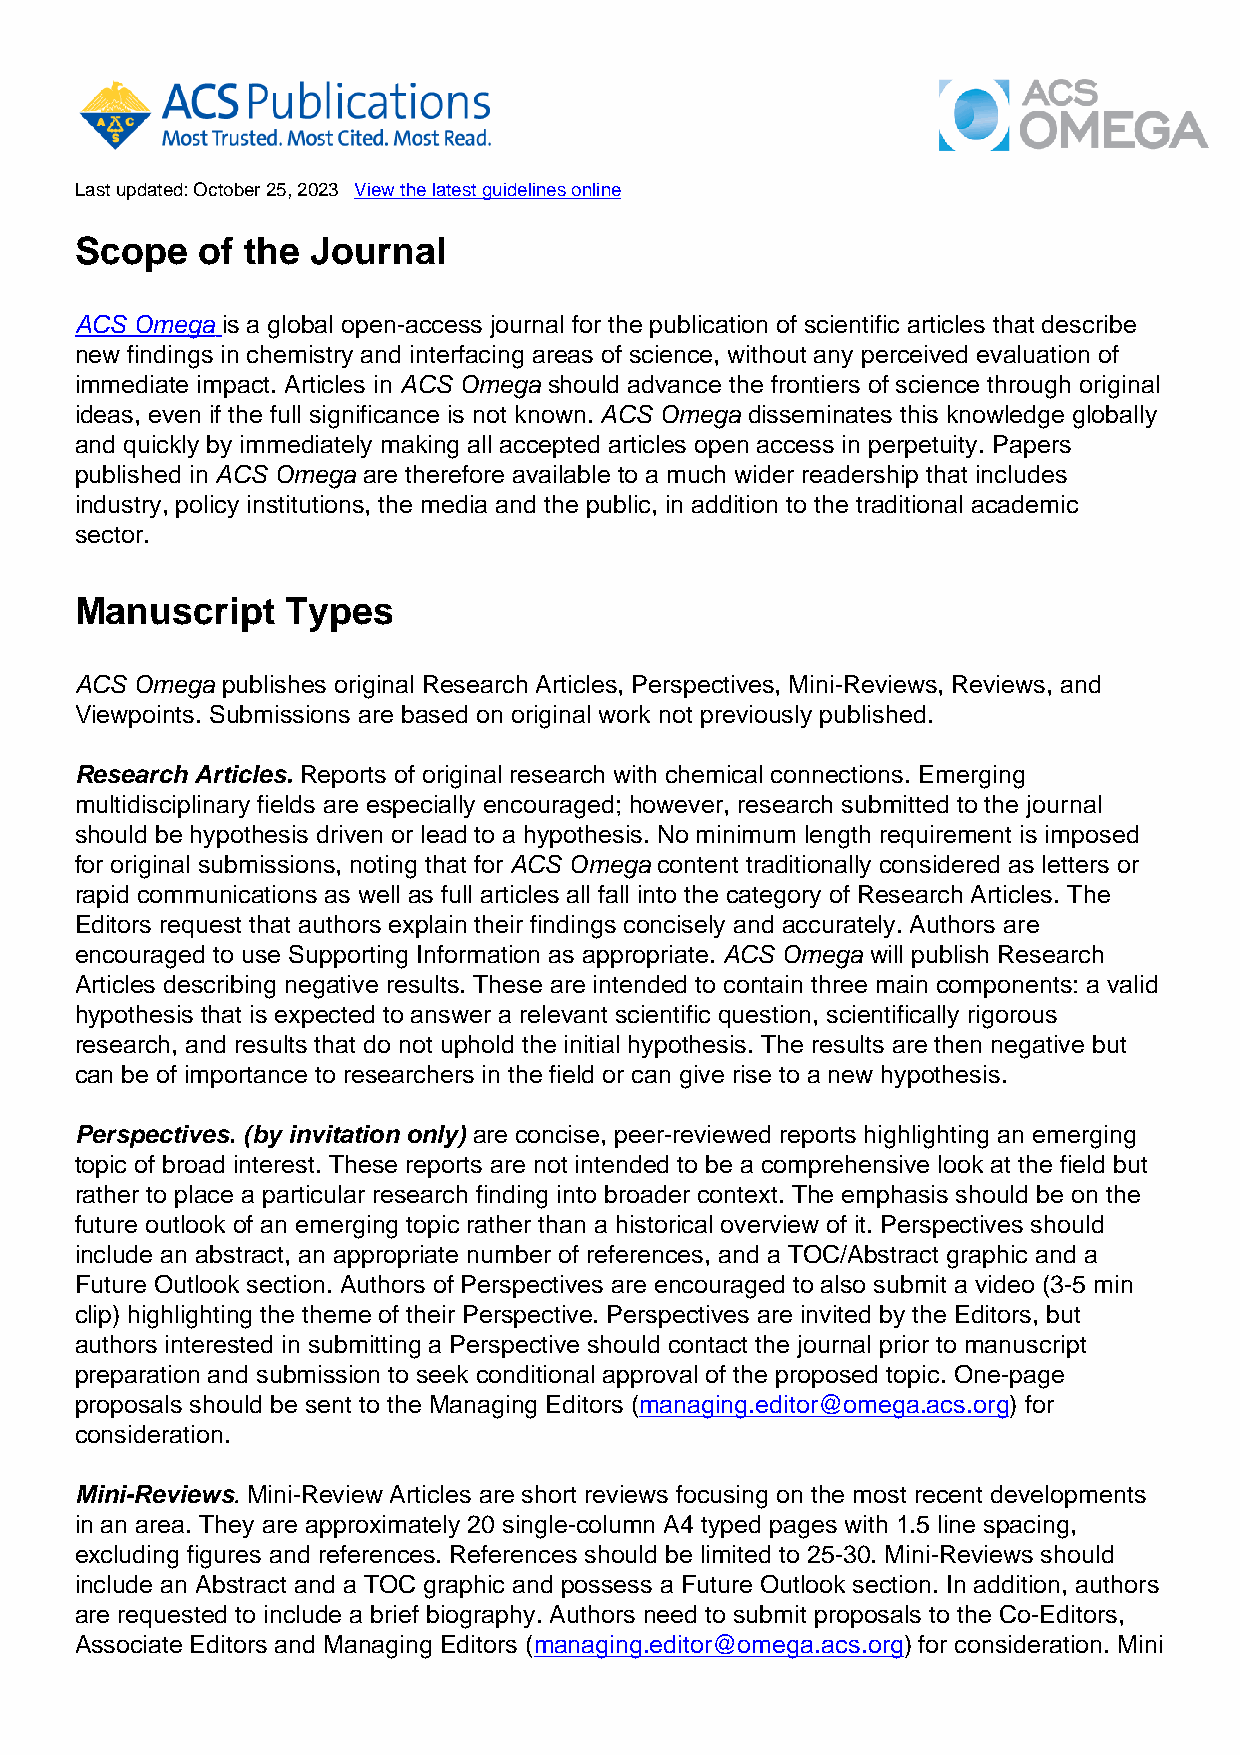
Last updated: October 25, 2023 View the latest guidelines online
 Scope   of the  Journal
 ACS Omega is a global open-access journal for the publication of scientific articles that describe
 new findings in chemistry and interfacing areas of science, without any perceived evaluation of
 immediate impact. Articles in ACS Omega should advance the frontiers of science through original
 ideas, even if the full significance is not known. ACS Omega disseminates this knowledge globally
 and quickly by immediately making all accepted articles open access in perpetuity. Papers
 published in ACS Omega are therefore available to a much wider readership that includes
 industry, policy institutions, the media and the public, in addition to the traditional academic
 sector.
 Manuscript    Types
 ACS Omega publishes original Research Articles, Perspectives, Mini-Reviews, Reviews, and
 Viewpoints. Submissions are based on original work not previously published.
 Research Articles. Reports of original research with chemical connections. Emerging
 multidisciplinary fields are especially encouraged; however, research submitted to the journal
 should be hypothesis driven or lead to a hypothesis. No minimum length requirement is imposed
 for original submissions, noting that for ACS Omega content traditionally considered as letters or
 rapid communications as well as full articles all fall into the category of Research Articles. The
 Editors request that authors explain their findings concisely and accurately. Authors are
 encouraged to use Supporting Information as appropriate. ACS Omega will publish Research
 Articles describing negative results. These are intended to contain three main components: a valid
 hypothesis that is expected to answer a relevant scientific question, scientifically rigorous
 research, and results that do not uphold the initial hypothesis. The results are then negative but
 can be of importance to researchers in the field or can give rise to a new hypothesis.
 Perspectives. (by invitation only) are concise, peer-reviewed reports highlighting an emerging
 topic of broad interest. These reports are not intended to be a comprehensive look at the field but
 rather to place a particular research finding into broader context. The emphasis should be on the
 future outlook of an emerging topic rather than a historical overview of it. Perspectives should
 include an abstract, an appropriate number of references, and a TOC/Abstract graphic and a
 Future Outlook section. Authors of Perspectives are encouraged to also submit a video (3-5 min
 clip) highlighting the theme of their Perspective. Perspectives are invited by the Editors, but
 authors interested in submitting a Perspective should contact the journal prior to manuscript
 preparation and submission to seek conditional approval of the proposed topic. One-page
 proposals should be sent to the Managing Editors (managing.editor@omega.acs.org) for
 consideration.
 Mini-Reviews. Mini-Review Articles are short reviews focusing on the most recent developments
 in an area. They are approximately 20 single-column A4 typed pages with 1.5 line spacing,
 excluding figures and references. References should be limited to 25-30. Mini-Reviews should
 include an Abstract and a TOC graphic and possess a Future Outlook section. In addition, authors
 are requested to include a brief biography. Authors need to submit proposals to the Co-Editors,
 Associate Editors and Managing Editors (managing.editor@omega.acs.org) for consideration. Mini